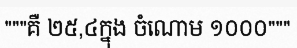
"""គឺ ២៥,៤ក្នុង ចំណោម ១០០០"""